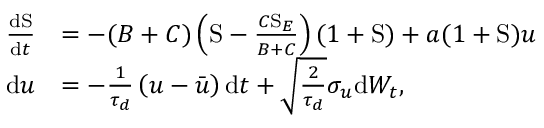
\begin{array} { r l } { \frac { \mathrm { d } \mathrm { S } } { \mathrm { d } t } } & { = - ( B + C ) \left( \mathrm { S } - \frac { C \mathrm { S } _ { E } } { B + C } \right) ( 1 + \mathrm { S } ) + a ( 1 + \mathrm { S } ) u } \\ { \mathrm { d } u } & { = - \frac { 1 } { \tau _ { d } } \left( u - \bar { u } \right) \mathrm { d } t + \sqrt { \frac { 2 } { \tau _ { d } } } \sigma _ { u } \mathrm { d } W _ { t } , } \end{array}